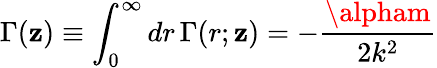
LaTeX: \Gamma(\mathbf{z})\equiv\int_{0}^{\infty}dr\, \Gamma(r;\mathbf{z})=-\frac{{\alpham}}{{2k^{2}}}